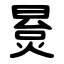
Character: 㬃